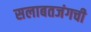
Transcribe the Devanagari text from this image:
सलाबतजंगची